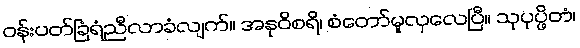
ဝန်းပတ်ခြံရံညီလာခံလျက်။ အနုဝိစရိ၊ စံတော်မူလှလေပြီ။ သုပုပ္ဖိတံ၊